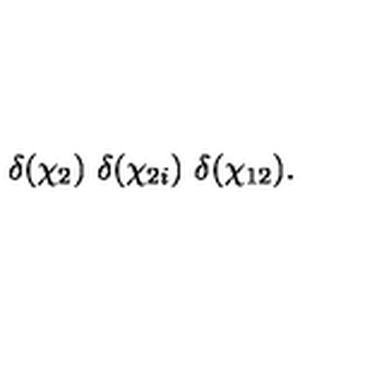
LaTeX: \delta ( \chi _ { 2 } ) \ \delta ( \chi _ { 2 i } ) \ \delta ( \chi _ { 1 2 } ) .